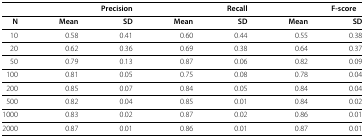
<table><thead><tr><td><b> </b></td><td colspan="2"><b>Precision</b></td><td colspan="2"><b>Recall</b></td><td colspan="2"><b>F‐score</b></td></tr></thead><tbody><tr><td><b>N</b></td><td><b>Mean</b></td><td><b>SD</b></td><td><b>Mean</b></td><td><b>SD</b></td><td><b>Mean</b></td><td><b>SD</b></td></tr><tr><td>10</td><td>0.58</td><td>0.41</td><td>0.60</td><td>0.44</td><td>0.55</td><td>0.38</td></tr><tr><td>20</td><td>0.62</td><td>0.36</td><td>0.69</td><td>0.38</td><td>0.64</td><td>0.37</td></tr><tr><td>50</td><td>0.79</td><td>0.13</td><td>0.87</td><td>0.06</td><td>0.82</td><td>0.09</td></tr><tr><td>100</td><td>0.81</td><td>0.05</td><td>0.75</td><td>0.08</td><td>0.78</td><td>0.04</td></tr><tr><td>200</td><td>0.85</td><td>0.07</td><td>0.84</td><td>0.05</td><td>0.84</td><td>0.04</td></tr><tr><td>500</td><td>0.82</td><td>0.04</td><td>0.85</td><td>0.01</td><td>0.84</td><td>0.02</td></tr><tr><td>1000</td><td>0.83</td><td>0.02</td><td>0.87</td><td>0.02</td><td>0.86</td><td>0.01</td></tr><tr><td>2000</td><td>0.87</td><td>0.01</td><td>0.86</td><td>0.01</td><td>0.87</td><td>0.01</td></tr></tbody></table>